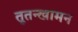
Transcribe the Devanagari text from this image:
तूतन्खामन